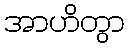
အာဟိတွာ